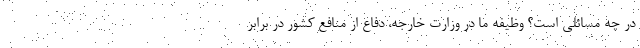
در چه مسائلی است؟ وظیفه ما در وزارت خارجه، دفاع از منافع کشور در برابر